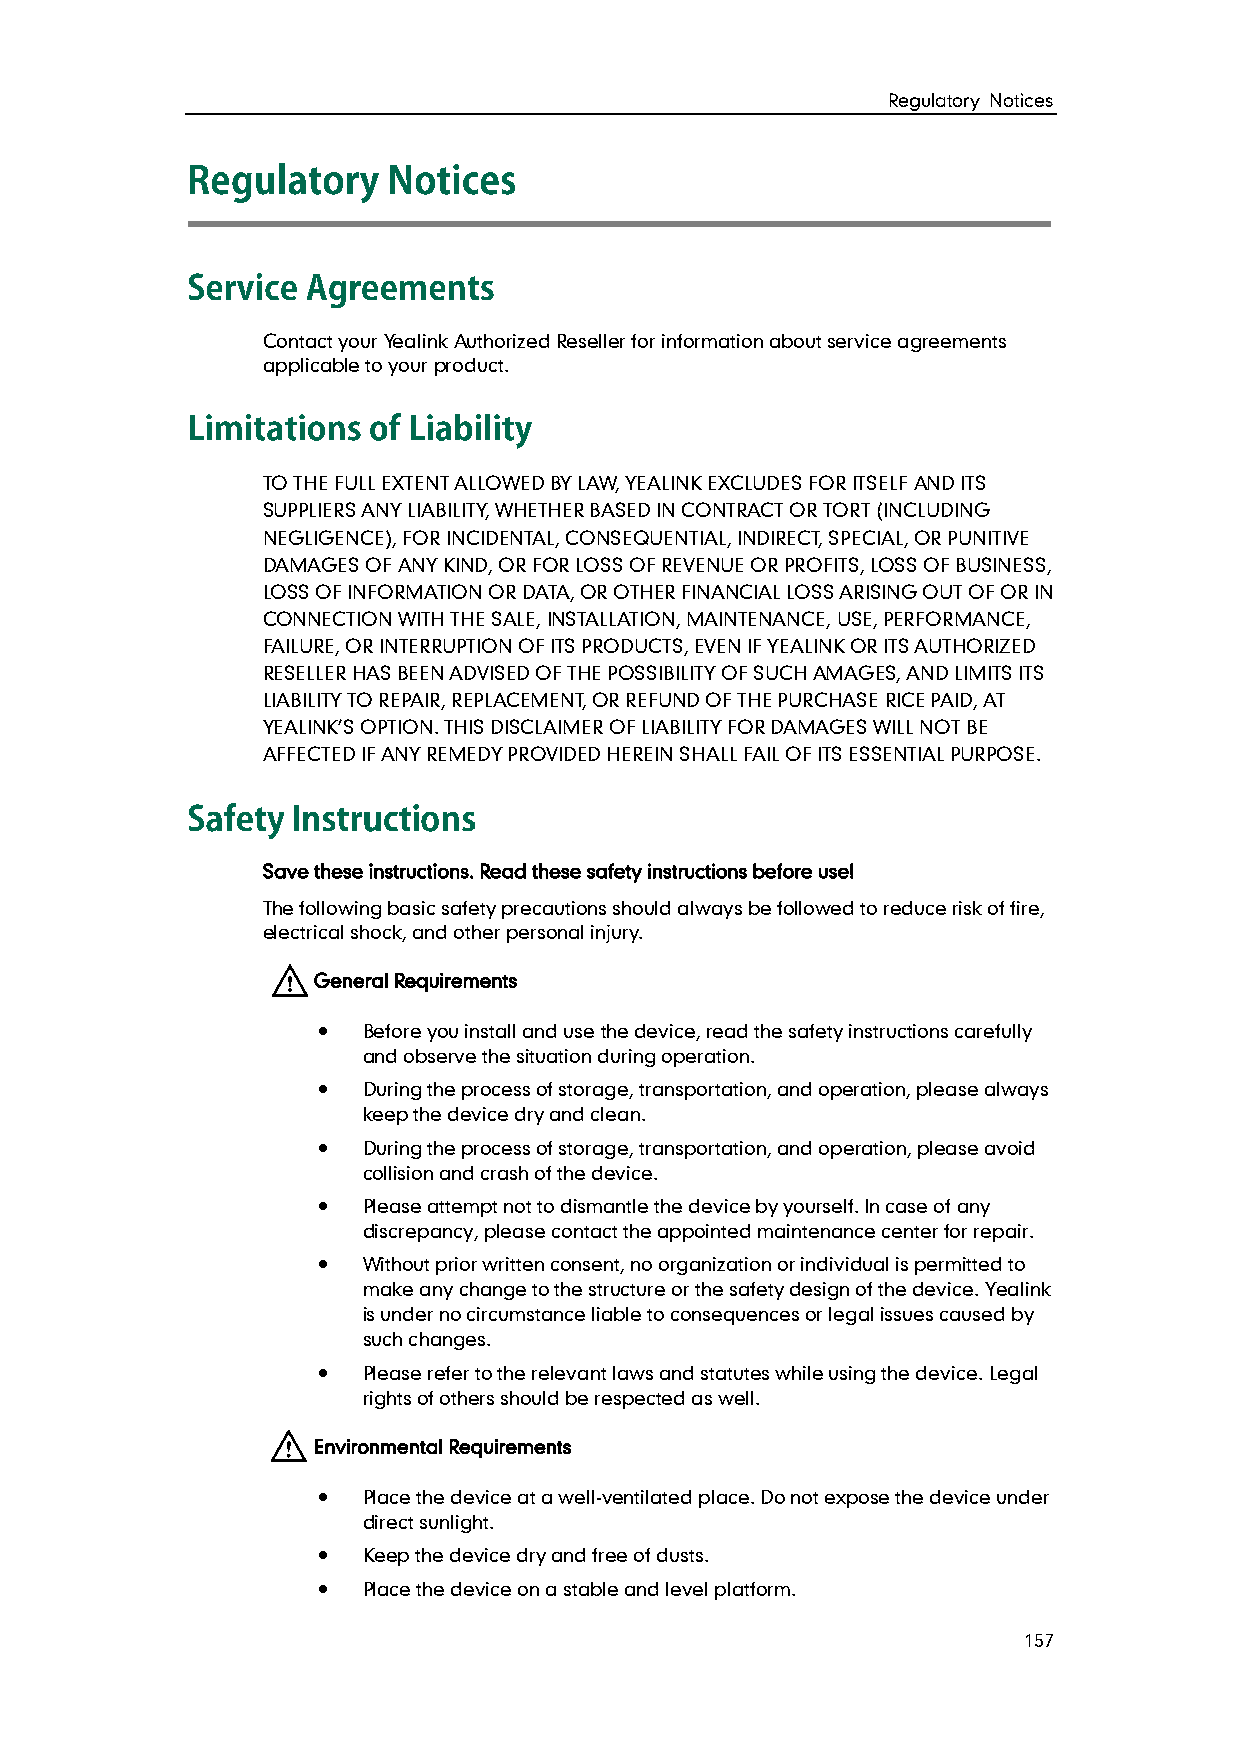
Regulatory Notices
 Contact your Yealink Authorized Reseller for information about service agreements
 applicable to your product.
 TO THE FULL EXTENT ALLOWED BY LAW, YEALINK EXCLUDES FOR ITSELF AND ITS
 SUPPLIERS ANY LIABILITY, WHETHER BASED IN CONTRACT OR TORT (INCLUDING
 NEGLIGENCE), FOR INCIDENTAL, CONSEQUENTIAL, INDIRECT, SPECIAL, OR PUNITIVE
 DAMAGES OF ANY KIND, OR FOR LOSS OF REVENUE OR PROFITS, LOSS OF BUSINESS,
 LOSS OF INFORMATION OR DATA, OR OTHER FINANCIAL LOSS ARISING OUT OF OR IN
 CONNECTION WITH THE SALE, INSTALLATION, MAINTENANCE, USE, PERFORMANCE,
 FAILURE, OR INTERRUPTION OF ITS PRODUCTS, EVEN IF YEALINK OR ITS AUTHORIZED
 RESELLER HAS BEEN ADVISED OF THE POSSIBILITY OF SUCH AMAGES, AND LIMITS ITS
 LIABILITY TO REPAIR, REPLACEMENT, OR REFUND OF THE PURCHASE RICE PAID, AT
 YEALINK’S OPTION. THIS DISCLAIMER OF LIABILITY FOR DAMAGES WILL NOT BE
 AFFECTED IF ANY REMEDY PROVIDED HEREIN SHALL FAIL OF ITS ESSENTIAL PURPOSE.
 Save these instructions. Read these safety instructions before use!
 The following basic safety precautions should always be followed to reduce risk of fire,
 electrical shock, and other personal injury.
 General Requirements
   Before you install and use the device, read the safety instructions carefully
 and observe the situation during operation.
   During the process of storage, transportation, and operation, please always
 keep the device dry and clean.
   During the process of storage, transportation, and operation, please avoid
 collision and crash of the device.
   Please attempt not to dismantle the device by yourself. In case of any
 discrepancy, please contact the appointed maintenance center for repair.
   Without prior written consent, no organization or individual is permitted to
 make any change to the structure or the safety design of the device. Yealink
 is under no circumstance liable to consequences or legal issues caused by
 such changes.
   Please refer to the relevant laws and statutes while using the device. Legal
 rights of others should be respected as well.
 Environmental Requirements
   Place the device at a well-ventilated place. Do not expose the device under
 direct sunlight.
   Keep the device dry and free of dusts.
   Place the device on a stable and level platform.
 157